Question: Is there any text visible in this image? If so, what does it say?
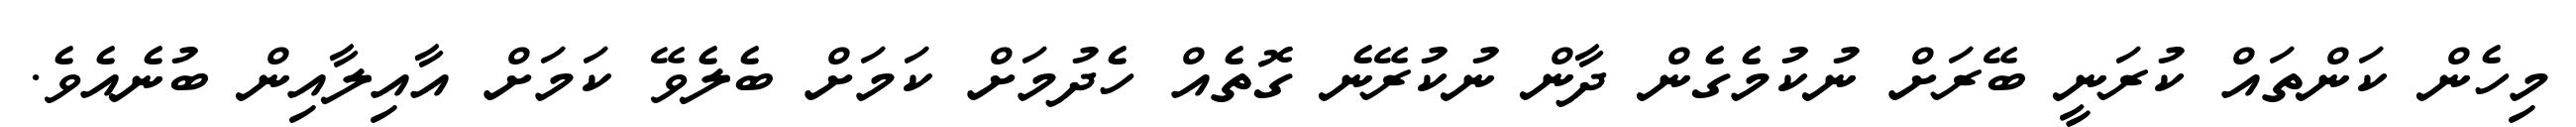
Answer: މިހެން ކަންތައް ކުރަނީ ބޭރަށް ނުކުމެގެން ދާން ނުކުރޭނެ ގޮތެއް ހެދުމަށް ކަމަށް ބެލެވޭ ކަމަށް އާއިލާއިން ބުނެއެވެ.